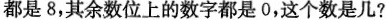
都是8，其余数位上的数字都是0，这个数是几?